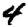
Digit: 4